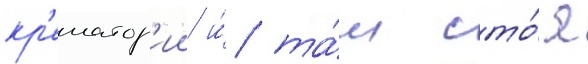
кр'ематор'ии и́ та́м сто́я